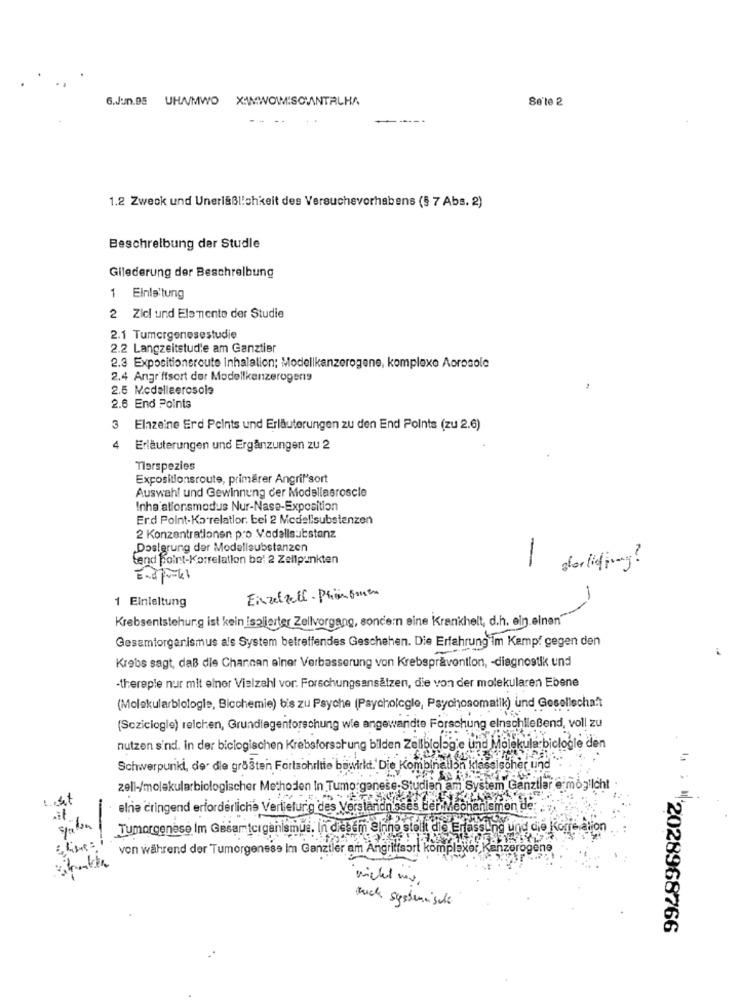
6.Jun.DS UHAMWO XWWOWMISCMAINTALHA
Se'te 2
1.2 Zweck und Unerlaßlichkeit des Versuchevorhabens (5 7 Abs. 2)
Beschreibung der Studle
Gilederung der Beschreibung
1 Einleitung
2 Zici und Elemente der Studie
2.1 Tumorgenesestudie
2.2 Langzeitstudie am Ganztier
2.3 Expositionsroute Inhalation; Modellkanzerogene, komplexe Aorosole
2.4 Angr'ffsort der Modellkanzerogens
2.5 Modelleerosola
2.6 End Points
Einzelne Erd Points und Erläuterungen zu den End Points (zu 2.6)
4
Erläuterungen und Ergänzungen zu 2
Tlerspezies
Expositionsroute, primärer Angril'sort
Auswahl und Gewinnung der Modellasroscle
Inha allonsmodus Nur-Nase-Exposition
Erd Point-Ko relatlor. bei 2 Medelisubstanzen
2 Konzentrationen pro Vedallsubstanz
Dosierung der Modellsubstanzen
tend Point-Korrelation bo: 2 Zellpunkten
1 derling ?
1 Einleitung
Einzelzell - Phänomen
Krebsentstehung ist kein isolierter Zellvorgang, sondern eine Krankheit, d.h. eln.einen"
Gesamtorganismus a's System betreffendes Geschehen. Die Erfahrung im Kampf gegen den
Krebs sagt, daß die Chancen einer Verbesserung von Krebsprävention, - diagnostik und
-thereple nur mit einer Vielzahl vor. Forschungsansätzen, die von der molekularen Ebene
(Molekularbiologie, Bicchemie) bis zu Psyche (Psychologie, Psychosomatik) und Gesellschaft
(Scziciogle) relchen, Grundlagenforschung wie angewandte Forschung elnschließend, voll zu
nutzen sind. in der biclogischen Krebsforschung bilden Zeltbiologie und Molekula-biclogle den
Schwerpunkt, der die größten Fortschritte bewirkt. Die Kombination klassischer und
zell-/molekularbiologischer Methoden In Tumo ganese-Studien am System Ganztlar ermöglicht
alnie cringend erforderliche Verliefurg des Verständnisses der Mechanismen de
-
Tumorgenese Im Gesamtciganismus. In diesem elnino stolt die Erfassung und die Korre alion
von während der Tumorgensse Im Ganziler am Angriffsort komplexer, Kanzerogene
Mich systemische
4 2028968766